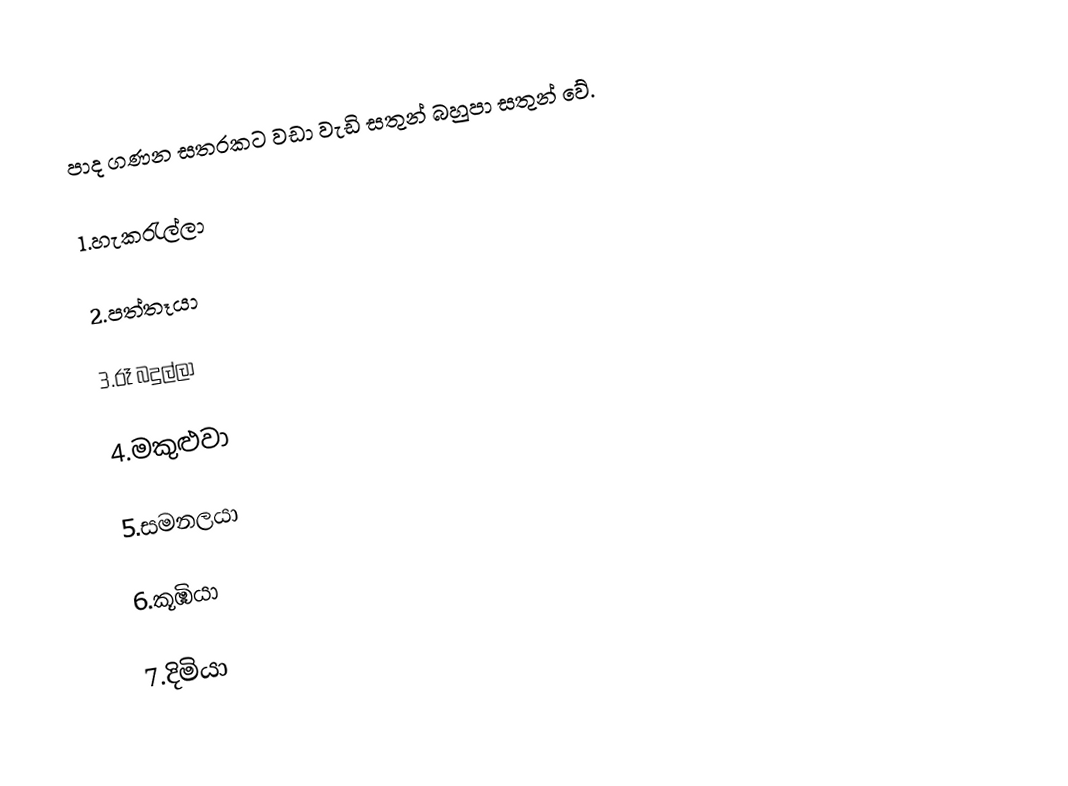
පාද ගණන සතරකට වඩා වැඩි සතුන් බහුපා සතුන් වේ.

1.හැකරැල්ලා

2.පත්තෑයා

3.රෑ බදුල්ලා

4.මකුළුවා

5.සමනලයා

6.කූඹියා

7.දිමියා